Leprosy in India: report of the Leprosy Commission in India, 1890-91
Year: 1890
Disease focus: Leprosy
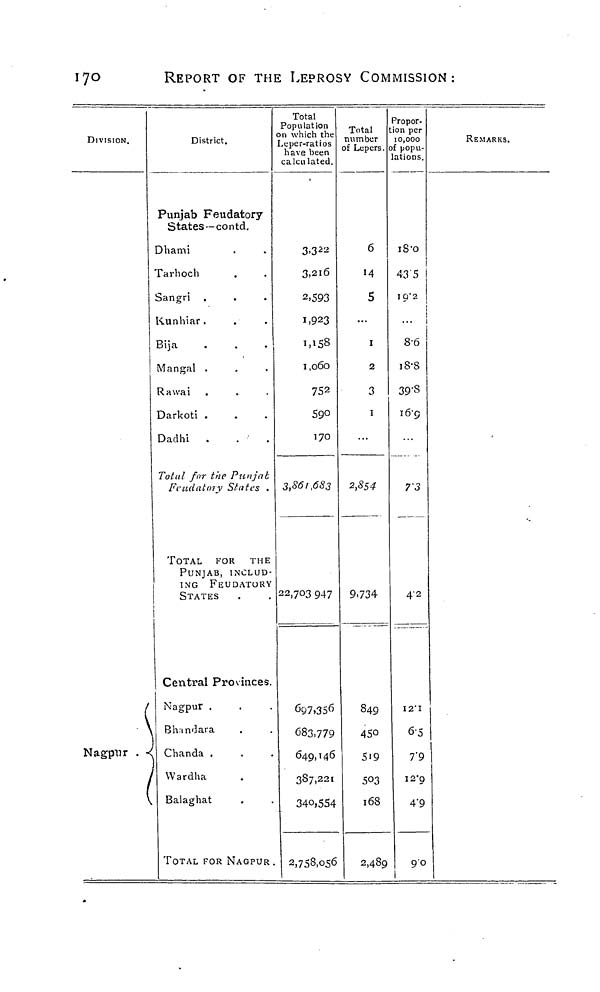
170
REPORT OF THE LEPROSY COMMISSION:
DIVISION.
Nagpnr .
District.
Punjab Feudatory
States — contd.
Dhami
Tarhoch
Sangri
Kunhiar.
Bija
Mangal .
Rawai
Darkoti .
Dadhi .
Total for the Punjab
Ft'udatmy States .
TOTAL FOR
THE
PUNJAB, INCLUD-
ING FEUDATORY
j
STATES
i
Central Pro\inces.
Nagpur .
Bhandara
Chanda .
Wardha
Balaghat
TOTAL FOR NAGPUR.
Total
Population
on which the
Leper-ratios
have been
calculated.
3-3 23
,216
2,593
1,923
1,158
1,060
752
59°1
70
3,861,683
22,703 947
697.356
683,779
649,146
387,221
340,554
2,758,056
Total
number
of Lepers.
6
14
5
1
2
3
1
2,854
9.734
849
450
5'9
503
168
2,489
Propor-
tion per
10,000
of popu-
lations.
18-0
A3 5
I Q"2
i
!
j
8-6
18-8
39-3
i6"9
7 3
4-2
I2"I
65
7"9
I2'Q
4 - 9
90
1
REMARKS.
!
1